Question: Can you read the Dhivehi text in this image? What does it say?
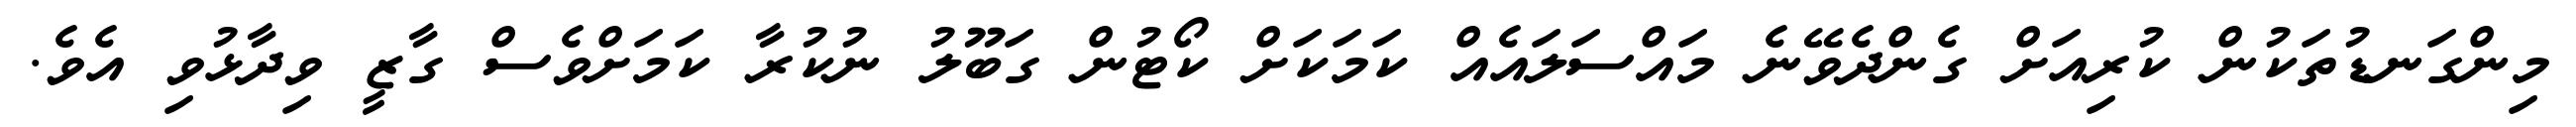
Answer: މިންގަނޑުތަކުން ކުރިއަށް ގެންދެވޭނެ މައްސަލައެއް ކަމަކަށް ކޯޓުން ގަބޫލު ނުކުރާ ކަމަށްވެސް ގާޒީ ވިދާޅުވި އެވެ.